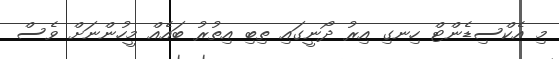
މި އެކްސިޑެންޓް ހިނގި އިރު ދޯނީގައި ތިބި އިތުރު ބައެއް މީހުންނަށް ވެސް